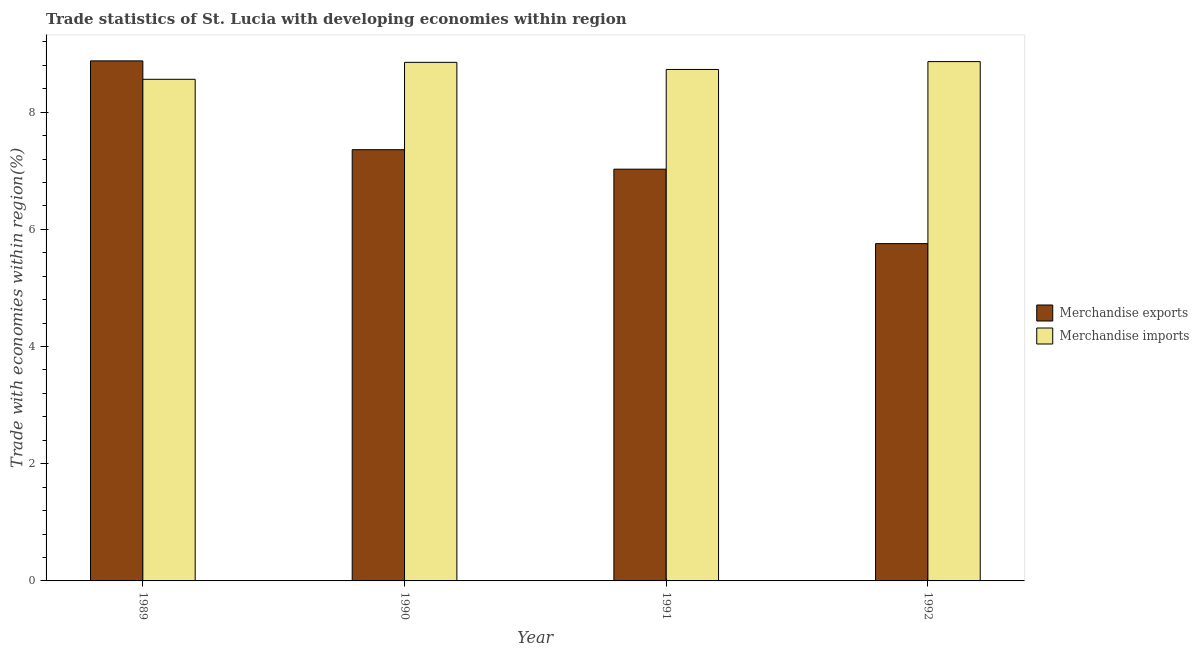
| Year | Merchandise exports | Merchandise imports |
 | --- | --- | --- |
 | 1989 | 8.88 | 8.56 |
 | 1990 | 7.36 | 8.85 |
 | 1991 | 7.03 | 8.73 |
 | 1992 | 5.76 | 8.86 |